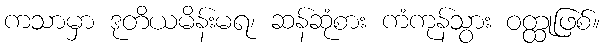
ကသာမှာ ဒုတိယမိန်းမရ၊ ဆန်ဆုံစား ကံကုန်သွား ဝတ္ထုဖြစ်။